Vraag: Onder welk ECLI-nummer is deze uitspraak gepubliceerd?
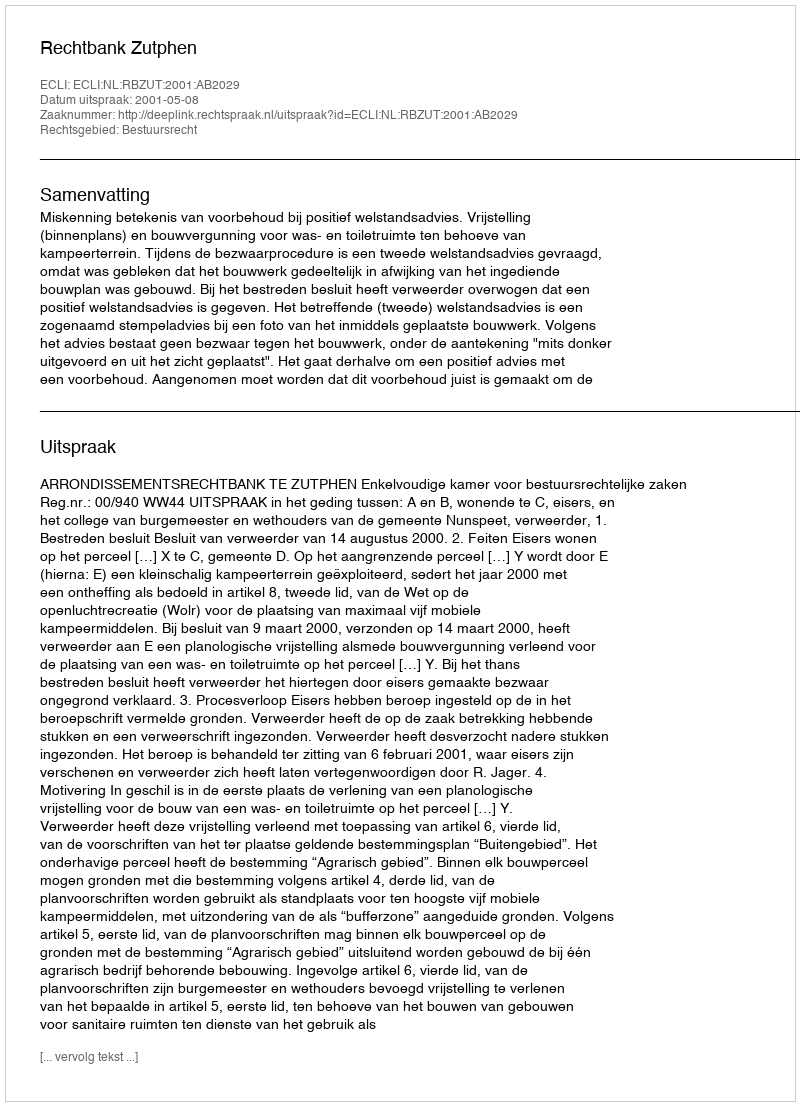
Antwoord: ECLI:NL:RBZUT:2001:AB2029